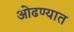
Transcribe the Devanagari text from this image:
ओढण्यात